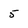
Character: 5